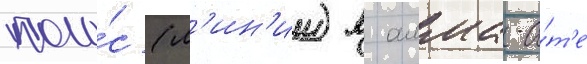
поло́с (л'ин'ии) в алма-а́т'е